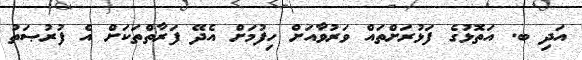
އަދި ބ. އަތޮޅުގެ ފަޅުރަށްތައް ވަރުވާއަށް ހިފުމަށް އެދޭ ފަރާތްތަކަށް އެ ފުރުޞަތު